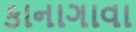
કાનાગાવા